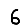
Digit: 6